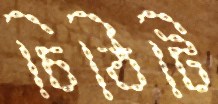
চিঠিটি